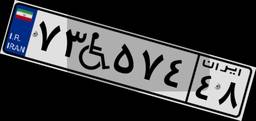
۲۹W۸۰۵۵۹